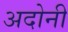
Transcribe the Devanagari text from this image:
अदोनी